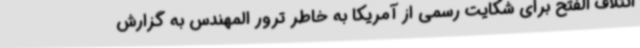
ائتلاف الفتح برای شکایت رسمی از آمریکا به خاطر ترور المهندس به گزارش